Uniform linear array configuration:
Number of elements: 64
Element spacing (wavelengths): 0.25
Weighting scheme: kaiser
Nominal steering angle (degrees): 45
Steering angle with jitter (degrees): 44.577
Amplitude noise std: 0.05
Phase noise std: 0.05

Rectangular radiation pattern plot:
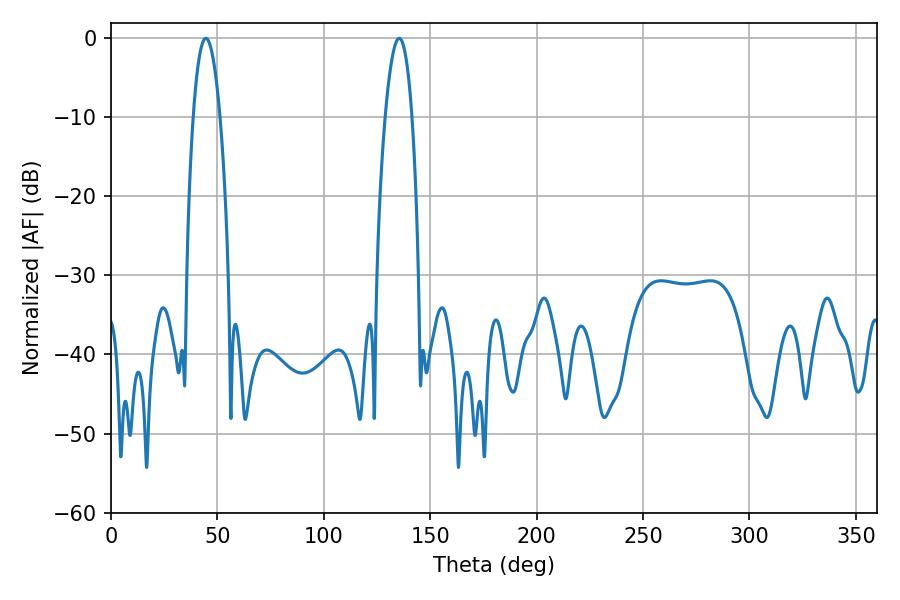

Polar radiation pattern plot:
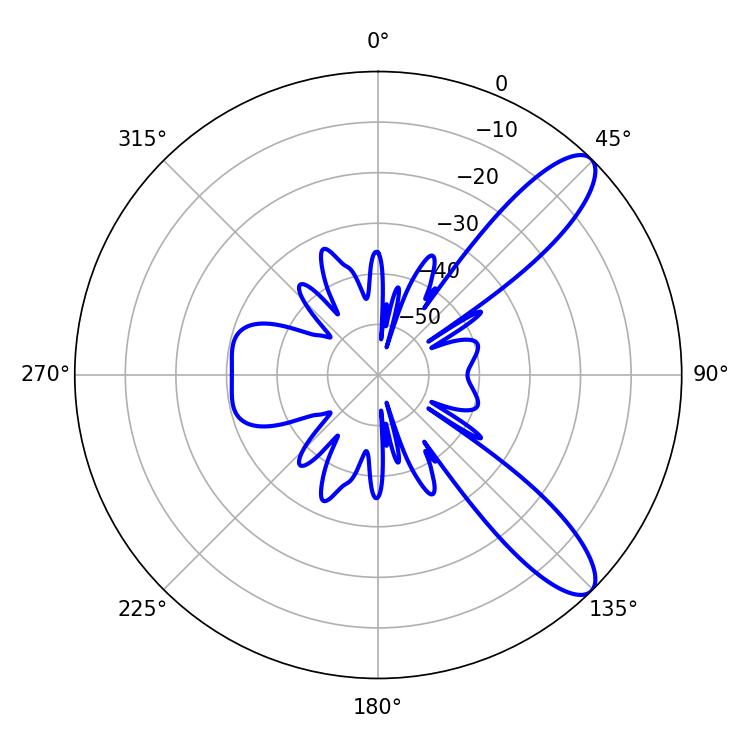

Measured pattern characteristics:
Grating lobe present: FALSE
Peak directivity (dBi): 10.382
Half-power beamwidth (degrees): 7.02
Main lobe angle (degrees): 44.64